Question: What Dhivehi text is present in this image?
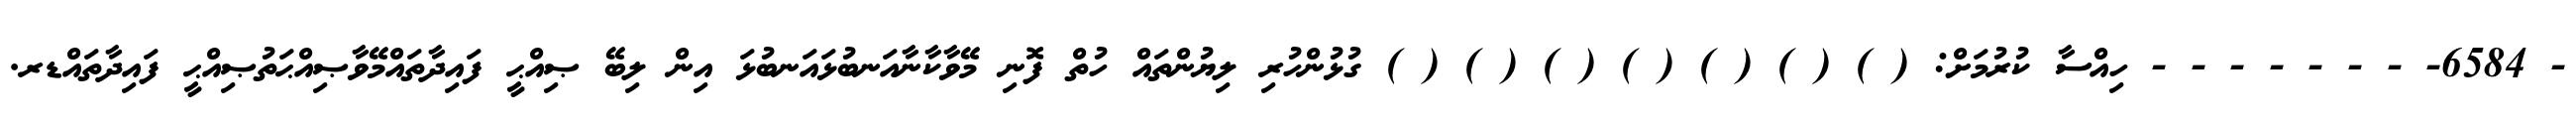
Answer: - 6584- - - - - - - - ހިއްސާ ކުރުމަށް: ( ) ( ) ( ) ( ) ( ) ( ) ( ) ގުޅުންހުރި ލިޔުންތައް ހުތް ފޮނި މޭވާކާނާއަނބުޅައަނބުޅަ އިން ލިބޭ ޞިއްޙީ ފައިދާތައްމޭވާޞިއްޙަތުޞިއްޙީ ފައިދާތައްޑރ.